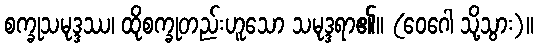
စက္ခုသမုဒ္ဒဿ၊ ထိုစက္ခုတည်းဟူသော သမုဒ္ဒရာ၏။ (ဝေဂေါ သို့သွား)။